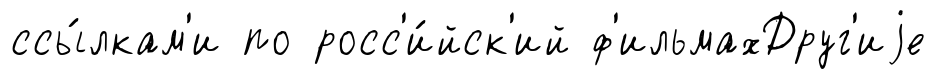
ссы́лкам'и по росс'и́йск'ий ф'ильмахДруг'иjе